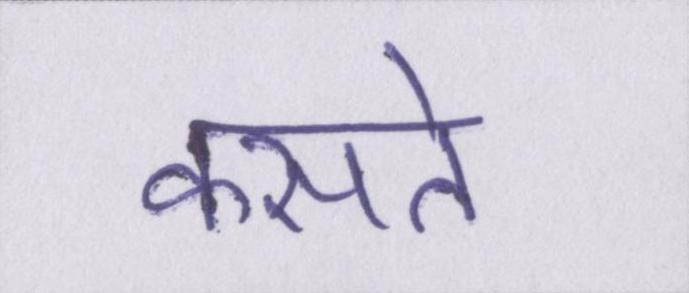
कसते